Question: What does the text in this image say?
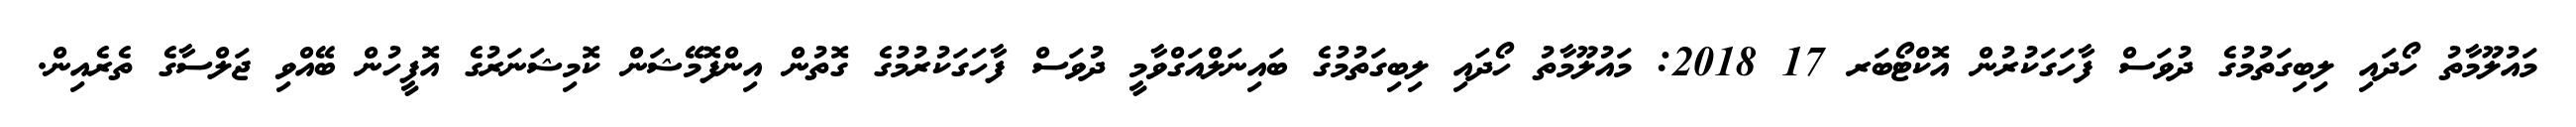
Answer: މައުލޫމާތު ހޯދައި ލިބިގަތުމުގެ ދުވަސް ފާހަގަކުރުން އޮކްޓޯބަރ 17 2018: މައުލޫމާތު ހޯދައި ލިބިގަތުމުގެ ބައިނަލްއަގްވާމީ ދުވަސް ފާހަގަކުރުމުގެ ގޮތުން އިންފޮމޭޝަން ކޮމިޝަނަރުގެ އޮފީހުން ބޭއްވި ޖަލްސާގެ ތެރެއިން.